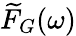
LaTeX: \widetilde{F}_{G}(\omega)